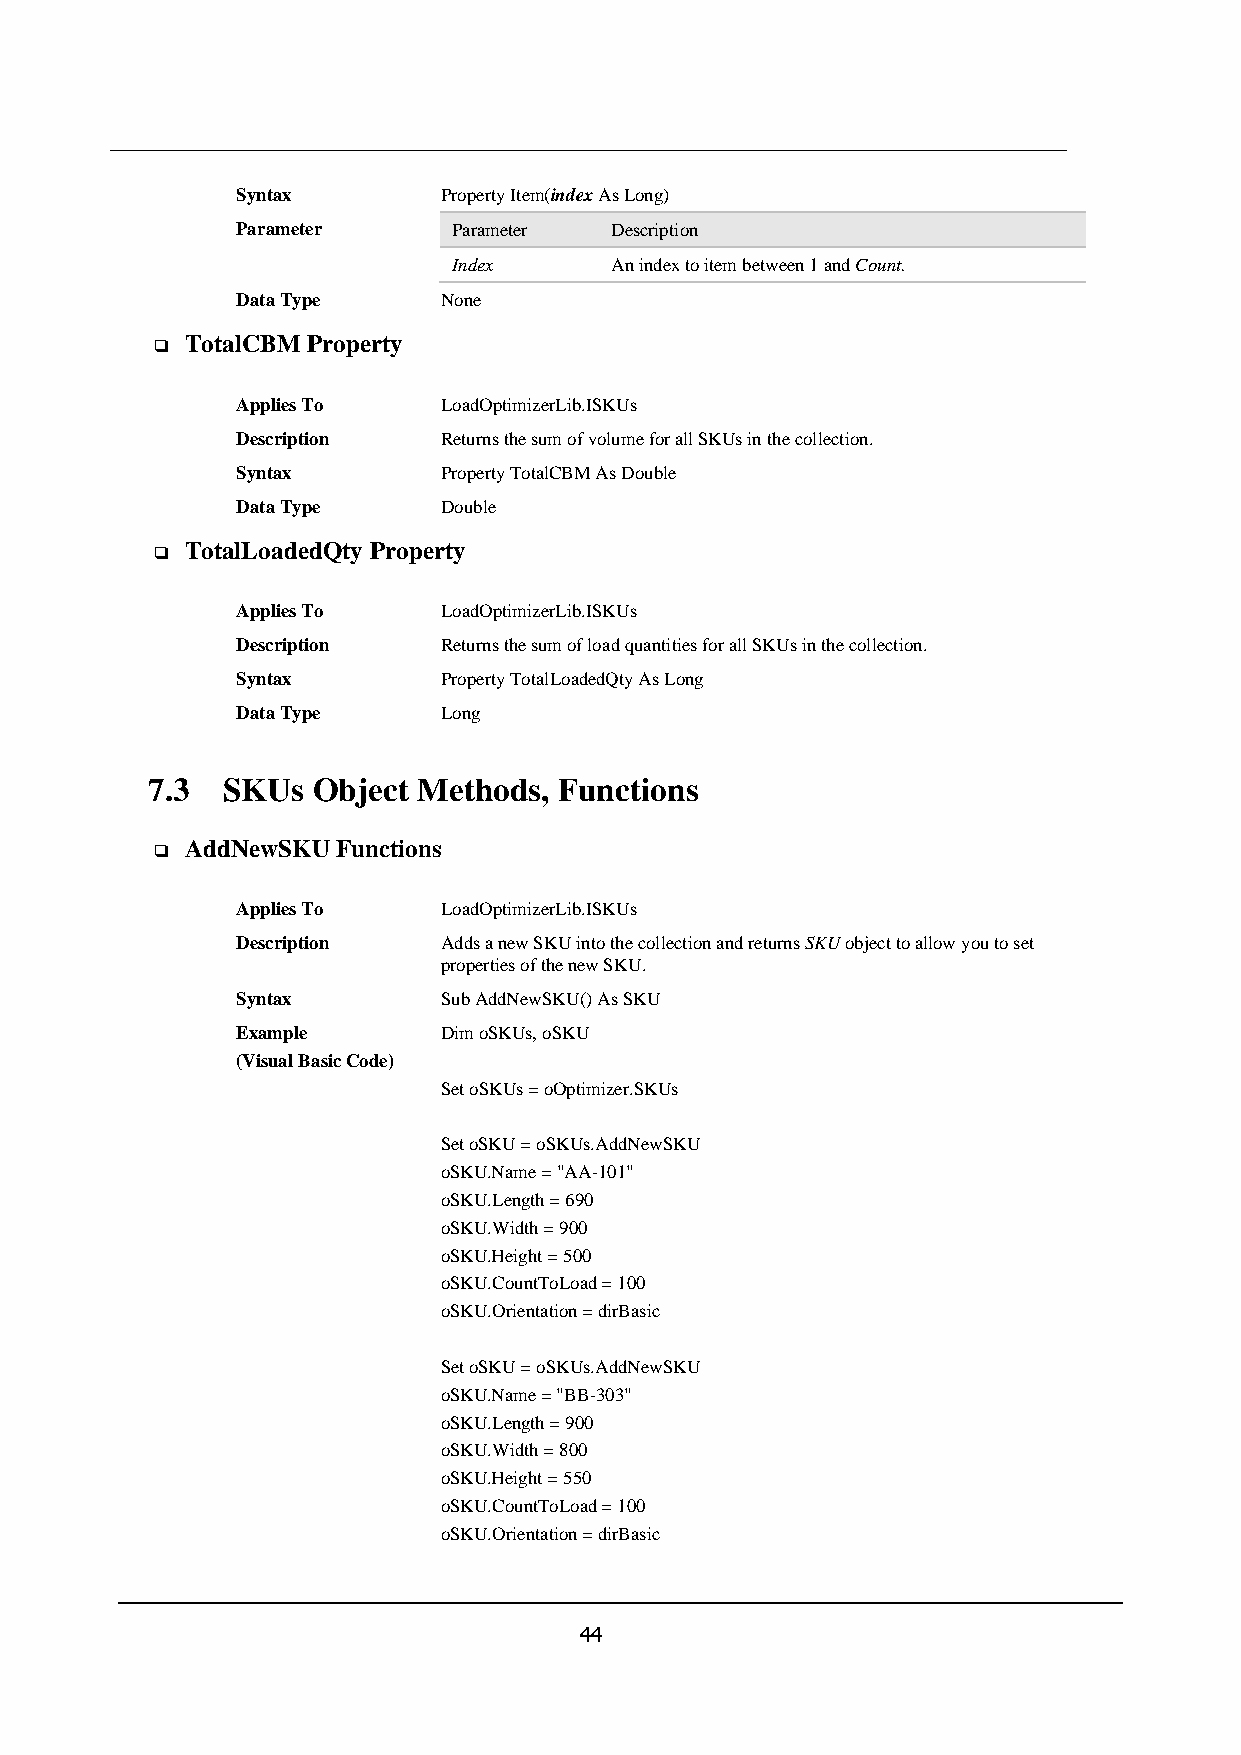
Syntax       Property Item(index As Long)
 Parameter     Parameter Description
 Index     An index to item between 1 and Count.
 Data Type    None
 TotalCBM Property
 ❑
 Applies To   LoadOptimizerLib.ISKUs
 Description  Returns the sum of volume for all SKUs in the collection.
 Syntax       Property TotalCBM As Double
 Data Type    Double
 TotalLoadedQty Property
 ❑
 Applies To   LoadOptimizerLib.ISKUs
 Description  Returns the sum of load quantities for all SKUs in the collection.
 Syntax       Property TotalLoadedQty As Long
 Data Type    Long
 7.3  SKUs  Object Methods, Functions
 AddNewSKU Functions
 ❑
 Applies To   LoadOptimizerLib.ISKUs
 Description  Adds a new SKU into the collection and returns SKU object to allow you to set
 properties of the new SKU.
 Syntax       Sub AddNewSKU() As SKU
 Example      Dim oSKUs, oSKU
 (Visual Basic Code)
 Set oSKUs = oOptimizer.SKUs
 Set oSKU = oSKUs.AddNewSKU
 oSKU.Name = "AA-101"
 oSKU.Length = 690
 oSKU.Width = 900
 oSKU.Height = 500
 oSKU.CountToLoad = 100
 oSKU.Orientation = dirBasic
 Set oSKU = oSKUs.AddNewSKU
 oSKU.Name = "BB-303"
 oSKU.Length = 900
 oSKU.Width = 800
 oSKU.Height = 550
 oSKU.CountToLoad = 100
 oSKU.Orientation = dirBasic
 44